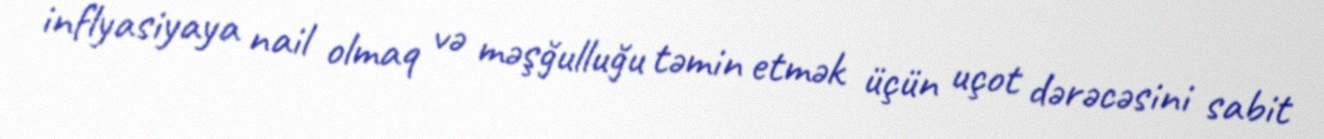
inflyasiyaya nail olmaq və məşğulluğu təmin etmək üçün uçot dərəcəsini sabit